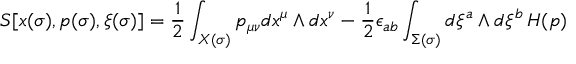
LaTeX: S [ x ( \sigma ) , p ( \sigma ) , \xi ( \sigma ) ] = { \frac { 1 } { 2 } } \int _ { X ( \sigma ) } p _ { \mu \nu } d x ^ { \mu } \wedge d x ^ { \nu } - { \frac { 1 } { 2 } } \epsilon _ { a b } \int _ { \Sigma ( \sigma ) } d \xi ^ { a } \wedge d \xi ^ { b } \, H ( p )